Riigikantselei, lk 42
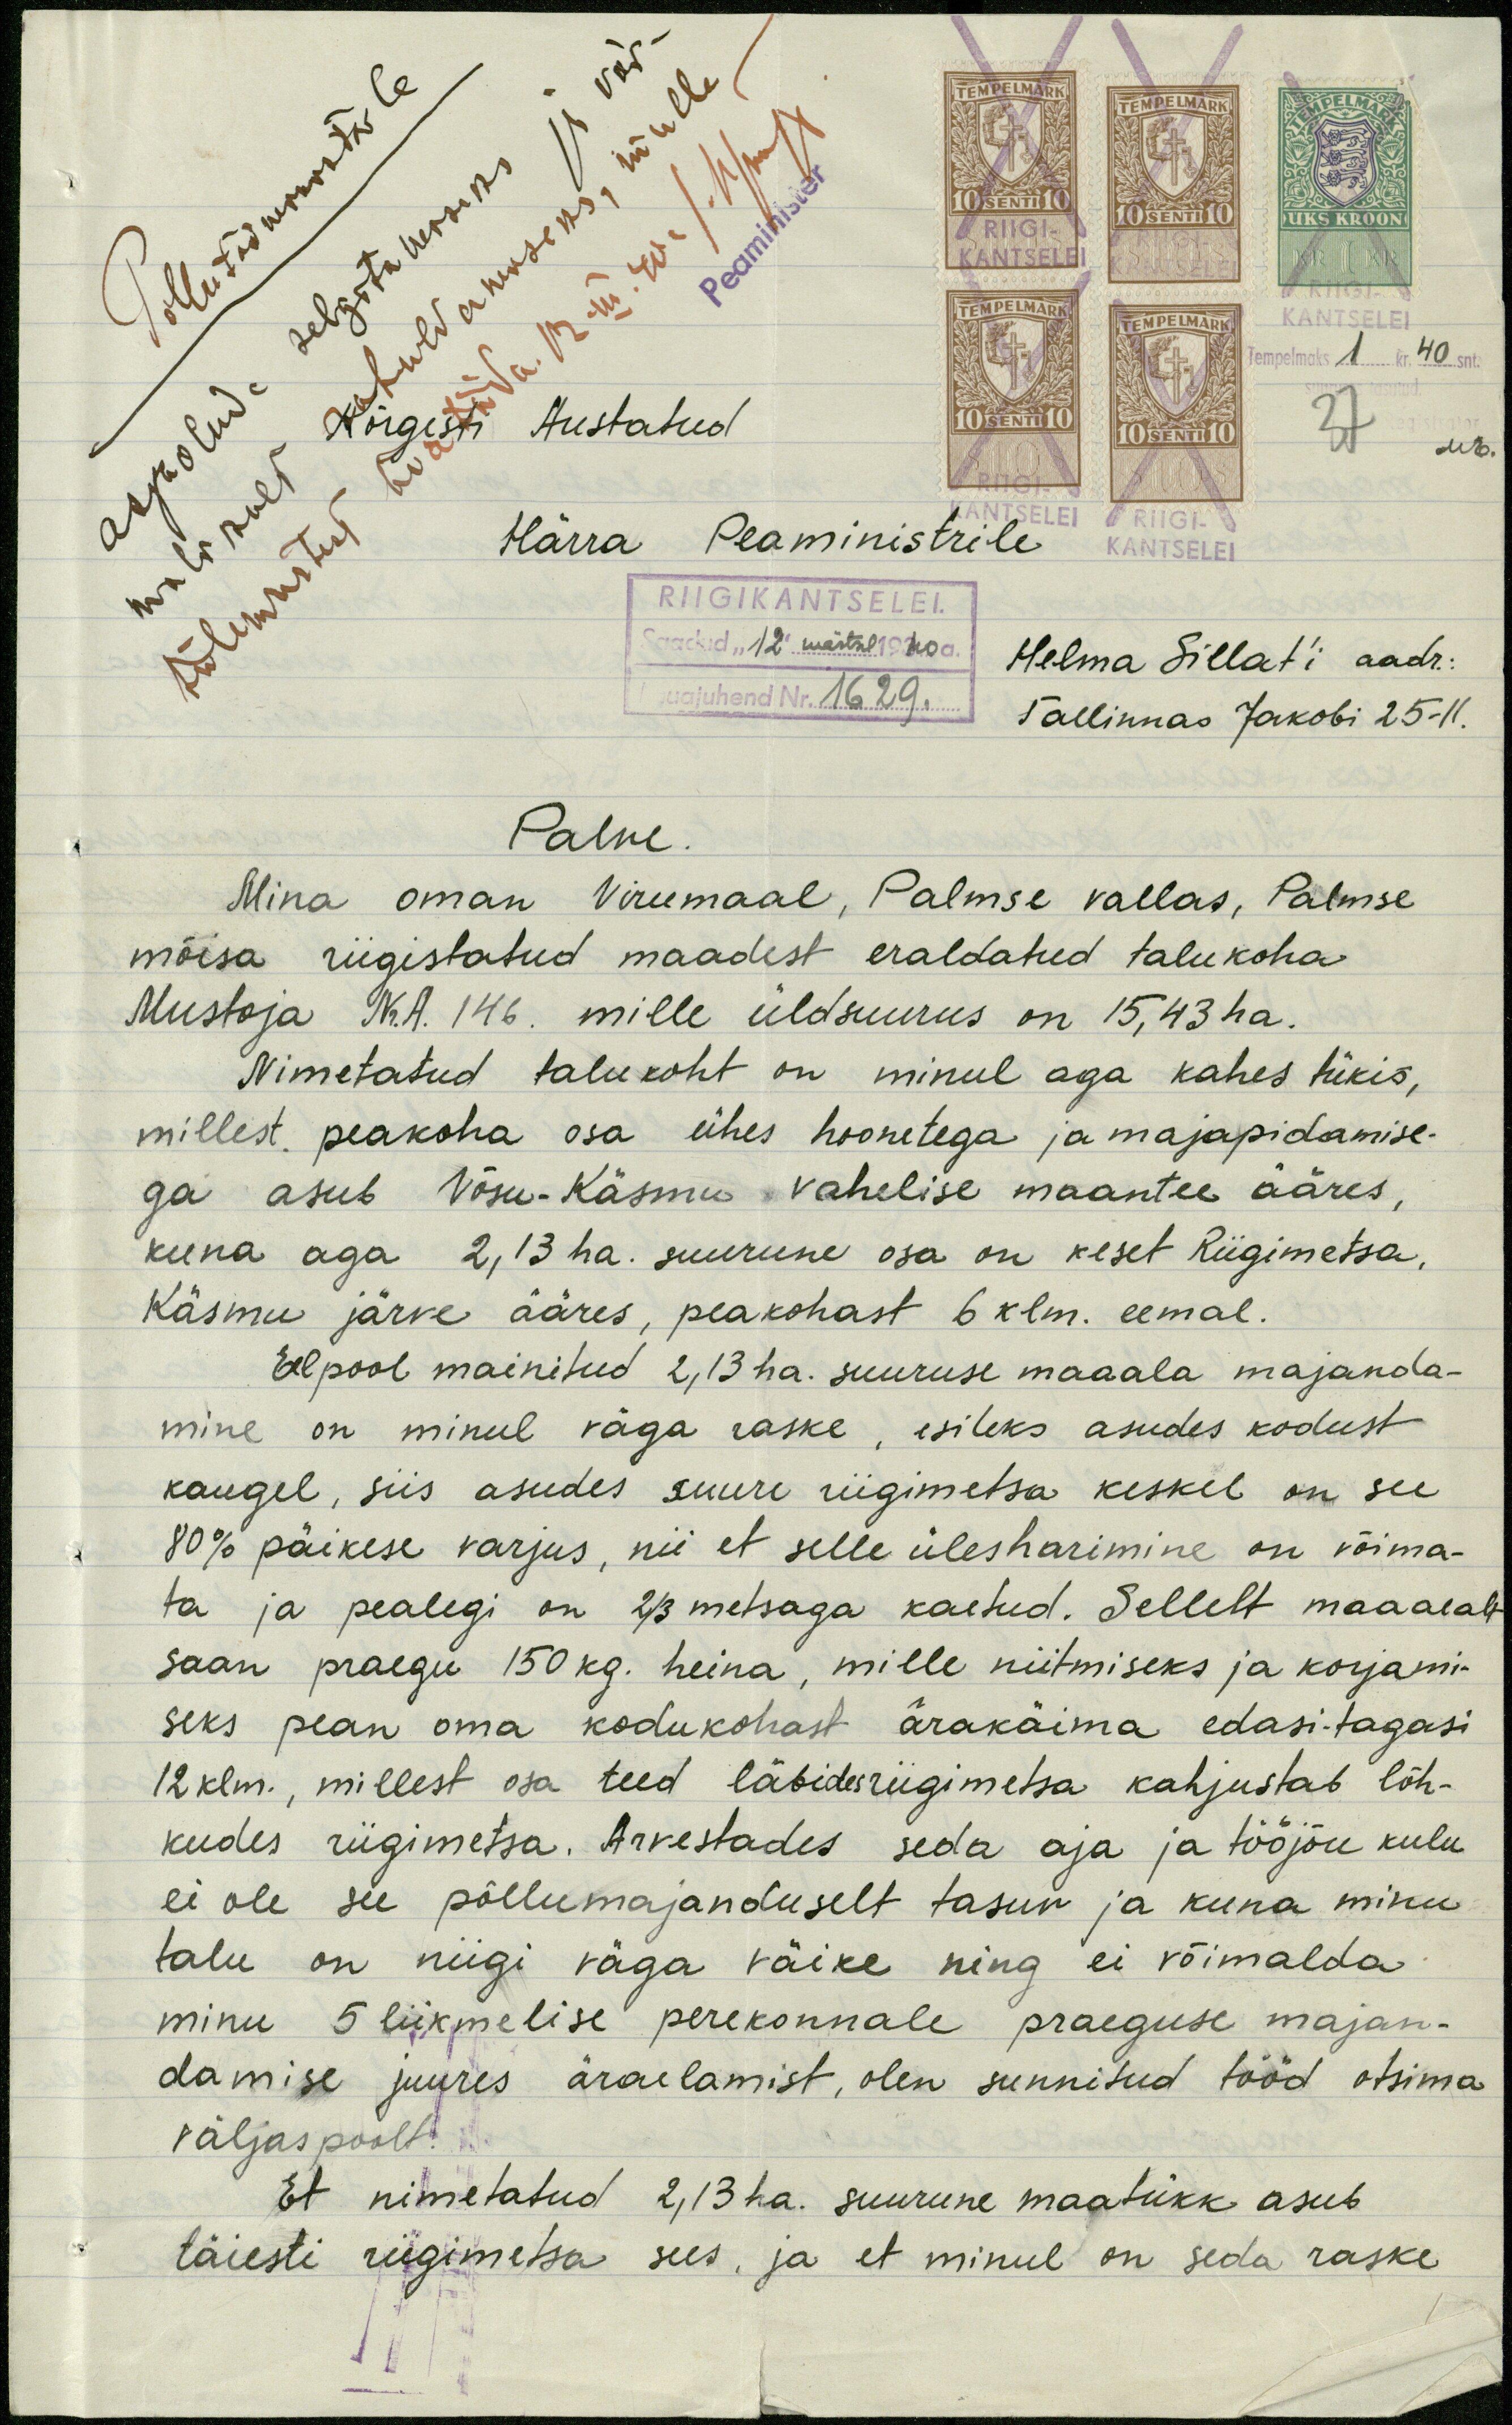
Tempelmaks 1 kr. 40 s.
Kõrgesti Austatud
Härra Peaministrile
RIIGIKANTSELEI.
saadud "12" märtsil 1940 a.
Lauajuhend Nr. 1629.
Helma Sillat'i aadr:
Tallinnas Jakobi 25-11.
Palve.
Mina oman Virumaal, Palmse vallas, Palmse-
mõisa riigistatud maadest eraldatud talukoha
Mustoja Nr.A. 146. mille üldsuurus on 15,43 ha.
Nimetatud talukoht on minul aga kahes tükis,
millest peakoha osa ühes hoonetega ja majapidamise-
ga asub Võsu-Käsmu vahelise maantee ääres,
kuna aga 2,13 ha. suurune osa on keset Riigimetsa,
Käsmu järve ääres, peakohast 6 klm. eemal.
Eelpool mainitud 2,13 ha. suuruse maaala majanda-
mine on minul väga raske, esileks asudes kodust
kaugel, siis asudes suure riigimetsa keskel on see
80% päikese varjus, nii et selle ülesharimine on võima-
ta ja pealegi on 2/3 metsaga kaetud. Sellelt maaalalt
saan praegu 150 kg. heina, mille niitmiseks ja korjami-
seks pean oma kodukohast ärakäima edasi tagasi
12 klm. millest osa teed läbides riigimetsa kahjustab lõh-
kudes riigimetsa. Arvestades seda aja ja tööjõu kulu-
ei ole see põllumajanduselt tasuv ja kuna minu
talu on niigi väga väike ning ei võimalda
minu 5 liikmelise perekonnale praeguse majan-
damise juures äraelamist, olen sunnitud tööd otsima
väljas poolt.
Et nimetatud 2,13 ha. suurune maatükk asub
täiesti riigimetsa sees, ja et minul on seda raske